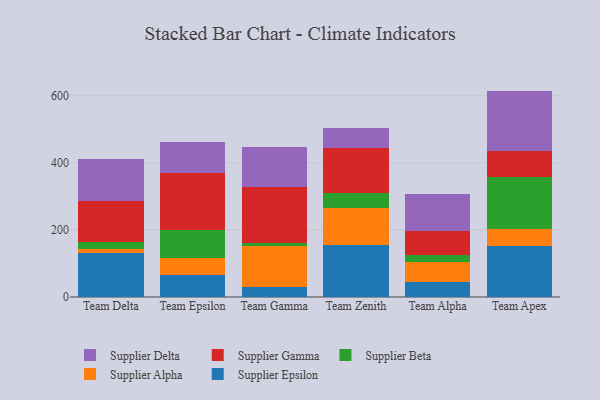
{"axis": {"x": "Team", "y": "Satisfaction Score"}, "legend": ["Supplier Alpha", "Supplier Beta", "Supplier Delta", "Supplier Epsilon", "Supplier Gamma"], "data": [{"x": "Team Delta", "y": 131.6, "type": "Supplier Epsilon"}, {"x": "Team Delta", "y": 10.2, "type": "Supplier Alpha"}, {"x": "Team Delta", "y": 21.9, "type": "Supplier Beta"}, {"x": "Team Delta", "y": 123.4, "type": "Supplier Gamma"}, {"x": "Team Delta", "y": 123.6, "type": "Supplier Delta"}, {"x": "Team Epsilon", "y": 66.3, "type": "Supplier Epsilon"}, {"x": "Team Epsilon", "y": 51.0, "type": "Supplier Alpha"}, {"x": "Team Epsilon", "y": 82.6, "type": "Supplier Beta"}, {"x": "Team Epsilon", "y": 170.7, "type": "Supplier Gamma"}, {"x": "Team Epsilon", "y": 92.1, "type": "Supplier Delta"}, {"x": "Team Gamma", "y": 30.9, "type": "Supplier Epsilon"}, {"x": "Team Gamma", "y": 120.8, "type": "Supplier Alpha"}, {"x": "Team Gamma", "y": 8.7, "type": "Supplier Beta"}, {"x": "Team Gamma", "y": 167.7, "type": "Supplier Gamma"}, {"x": "Team Gamma", "y": 119.9, "type": "Supplier Delta"}, {"x": "Team Zenith", "y": 155.2, "type": "Supplier Epsilon"}, {"x": "Team Zenith", "y": 110.7, "type": "Supplier Alpha"}, {"x": "Team Zenith", "y": 43.0, "type": "Supplier Beta"}, {"x": "Team Zenith", "y": 134.1, "type": "Supplier Gamma"}, {"x": "Team Zenith", "y": 61.5, "type": "Supplier Delta"}, {"x": "Team Alpha", "y": 43.9, "type": "Supplier Epsilon"}, {"x": "Team Alpha", "y": 59.9, "type": "Supplier Alpha"}, {"x": "Team Alpha", "y": 21.7, "type": "Supplier Beta"}, {"x": "Team Alpha", "y": 70.4, "type": "Supplier Gamma"}, {"x": "Team Alpha", "y": 112.2, "type": "Supplier Delta"}, {"x": "Team Apex", "y": 151.0, "type": "Supplier Epsilon"}, {"x": "Team Apex", "y": 51.5, "type": "Supplier Alpha"}, {"x": "Team Apex", "y": 155.0, "type": "Supplier Beta"}, {"x": "Team Apex", "y": 77.7, "type": "Supplier Gamma"}, {"x": "Team Apex", "y": 179.4, "type": "Supplier Delta"}]}